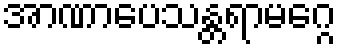
အာဏာပေသန္တရာမဂ္ဂေ